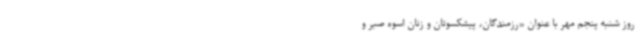
روز شنبه پنجم مهر با عنوان «رزمندگان، پیشکسوتان و زنان اسوه صبر و